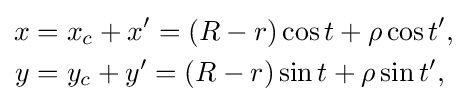
{\begin{aligned}x&=x_{c}+x'=(R-r)\cos t+\rho \cos t',\\y&=y_{c}+y'=(R-r)\sin t+\rho \sin t',\\\end{aligned}}